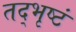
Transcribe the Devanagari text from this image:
तद्भृष्टं